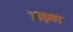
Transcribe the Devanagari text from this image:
अध्न्या